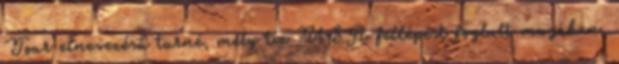
Tour elnevezésű turné, mely tíz USA fellépést foglalt magában,